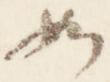
如